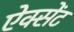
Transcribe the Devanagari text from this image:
ऐक्सेंट